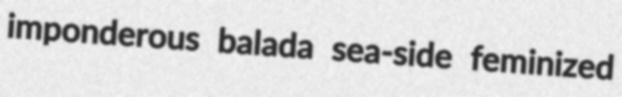
imponderous balada sea-side feminized